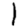
Digit: 1